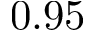
0 . 9 5